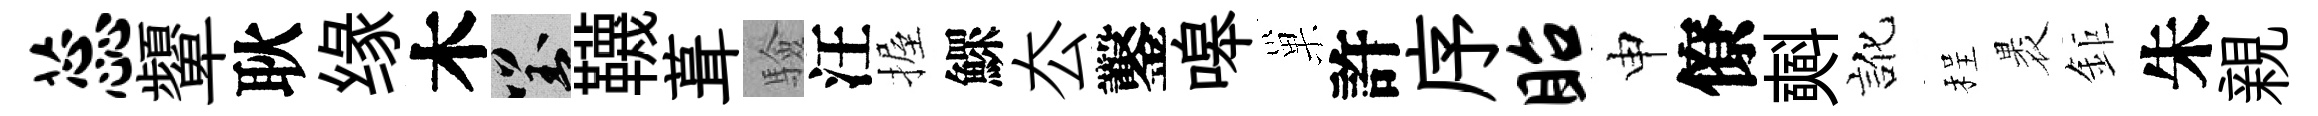
蕊顰耿缘木對韈葺驗汪握鰥厺鑿嗥巢許序眙申僚𣂏訛程褁鉅朱親